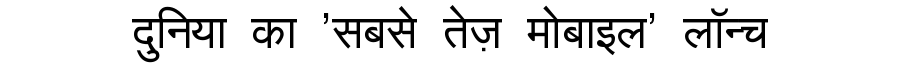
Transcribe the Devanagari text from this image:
दुनिया का 'सबसे तेज़ मोबाइल' लॉन्च